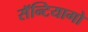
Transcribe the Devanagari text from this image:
सॅन्टियागो